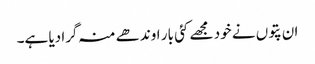
ان پتوں نے خود مجھے کئی بار اوندھے منہ گرا دیا ہے۔